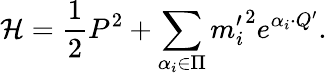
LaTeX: {\cal H}={\frac{1}{2}}P^{2}+\sum_{\alpha_{i}\in\Pi}{m_{i}^{\prime}}^{2}e^{\alpha_{i}\cdot Q^{\prime}}.